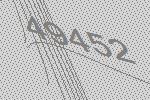
49452